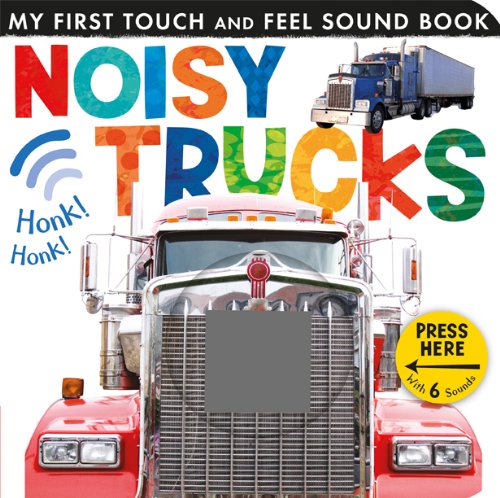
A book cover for Noisy Trucks (My First Touch and Feel Sound Book); Children's Books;